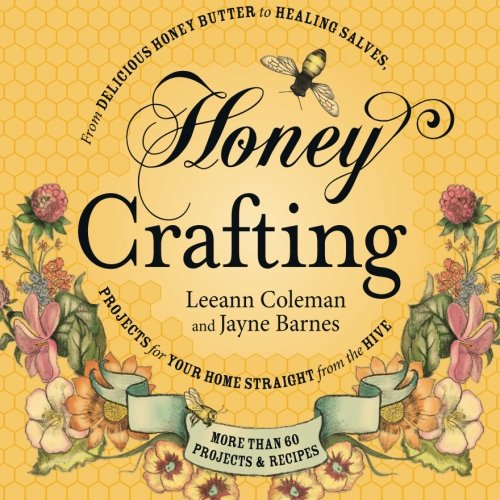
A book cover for Honey Crafting: From Delicious Honey Butter to Healing Salves, Projects for Your Home Straight from the Hive; Leeann Coleman; Crafts, Hobbies & Home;